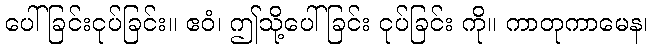
ပေါ်ခြင်းငုပ်ခြင်း။ ဧဝံ၊ ဤသို့ပေါ်ခြင်း ငုပ်ခြင်း ကို။ ကာတုကာမေန၊